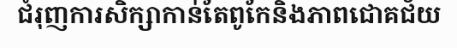
ជំរុញការសិក្សាកាន់តែពូកែនិងភាពជោគជ័យ